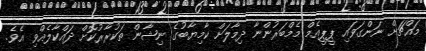
މައްޗަށް ނަންގަވައި ޕީޕީއެމް މެމްބަރުންނާ ދިމާލަށް ކާމިޔާބުގެ ނިޝާން ތަކުރާރުކޮށް ދައްކާލެއްވި އެވެ.